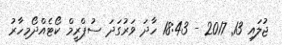
ޖުލައި 13